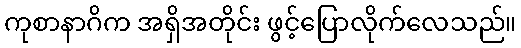
ကုစာနာဂိက အရှိအတိုင်း ဖွင့်ပြောလိုက်လေသည်။